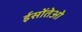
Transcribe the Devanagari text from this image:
ईसोंतेओ